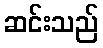
ဆင်းသည်